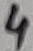
Text: 4